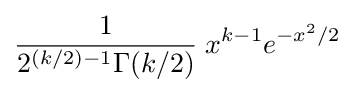
{\frac {1}{2^{(k/2)-1}\Gamma (k/2)}}\;x^{k-1}e^{-x^{2}/2}